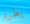
يطرد